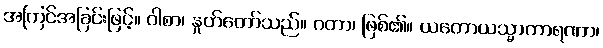
အကြင်အခြင်းဖြင့်။ ဝါစာ၊ နှုတ်တော်သည်။ ဂတာ၊ ဖြစ်၏။ ယတောယသ္မာကာရဏာ၊